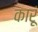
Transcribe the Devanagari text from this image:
कारूं